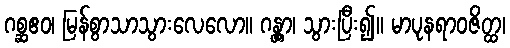
ဂစ္ဆဧဝ၊ မြန်စွာသာသွားလေလော။ ဂန္တွာ၊ သွားပြီး၍။ မာပုနရာဝဇိတ္ထ၊